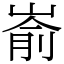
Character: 嵛